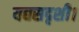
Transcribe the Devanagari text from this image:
यद्यसदृशी।